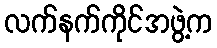
လက်နက်ကိုင်အဖွဲ့က